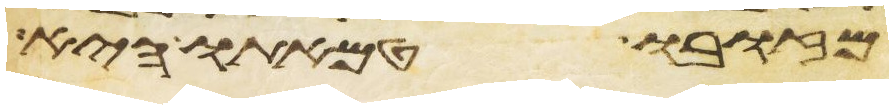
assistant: מזובו טמאתו היא